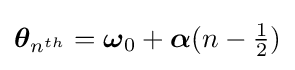
{\boldsymbol {\theta }}_{n^{th}}={\boldsymbol {\omega }}_{0}+{\boldsymbol {\alpha }}(n-{\tfrac {1}{2}})